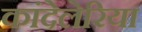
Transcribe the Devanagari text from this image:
कांदेलेरिया